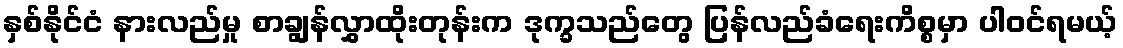
နှစ်နိုင်ငံ နားလည်မှု စာချွန်လွှာထိုးတုန်းက ဒုက္ခသည်တွေ ပြန်လည်ခံရေးကိစ္စမှာ ပါဝင်ရမယ့်